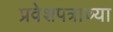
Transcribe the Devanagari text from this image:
प्रवेशपत्राच्या